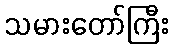
သမားတော်ကြီး